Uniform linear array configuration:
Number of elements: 48
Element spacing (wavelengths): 0.5
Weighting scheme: hann
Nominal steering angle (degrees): -15
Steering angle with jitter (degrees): -13.998
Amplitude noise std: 0.05
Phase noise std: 0.05

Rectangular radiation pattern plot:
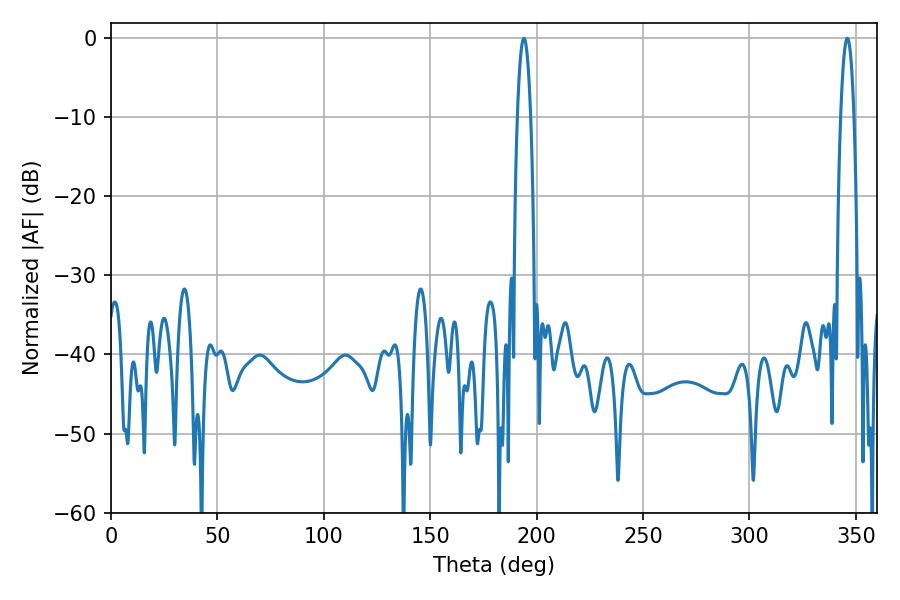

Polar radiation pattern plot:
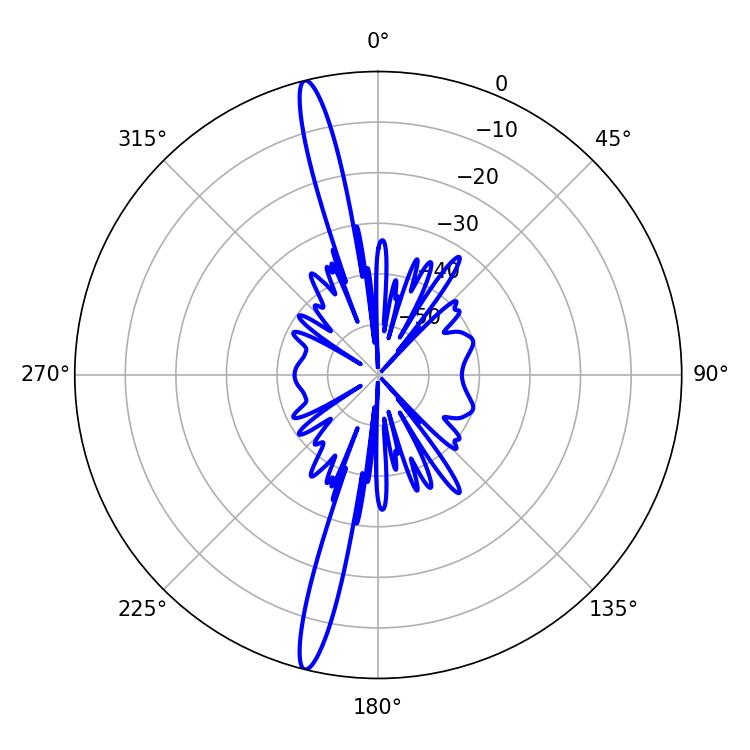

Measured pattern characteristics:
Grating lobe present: FALSE
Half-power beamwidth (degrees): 3.42
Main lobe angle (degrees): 345.96